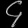
Digit: ၄